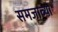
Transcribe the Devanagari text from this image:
समजाव्या